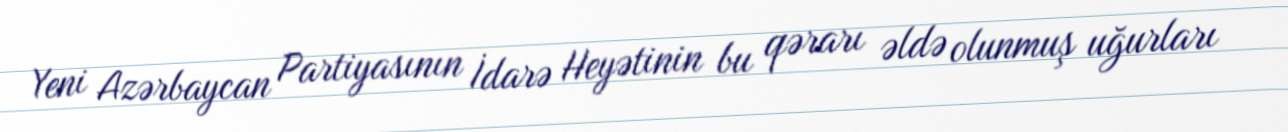
Yeni Azərbaycan Partiyasının İdarə Heyətinin bu qərarı əldə olunmuş uğurları